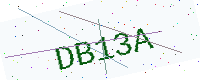
Text: DB13A